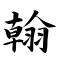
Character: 翰